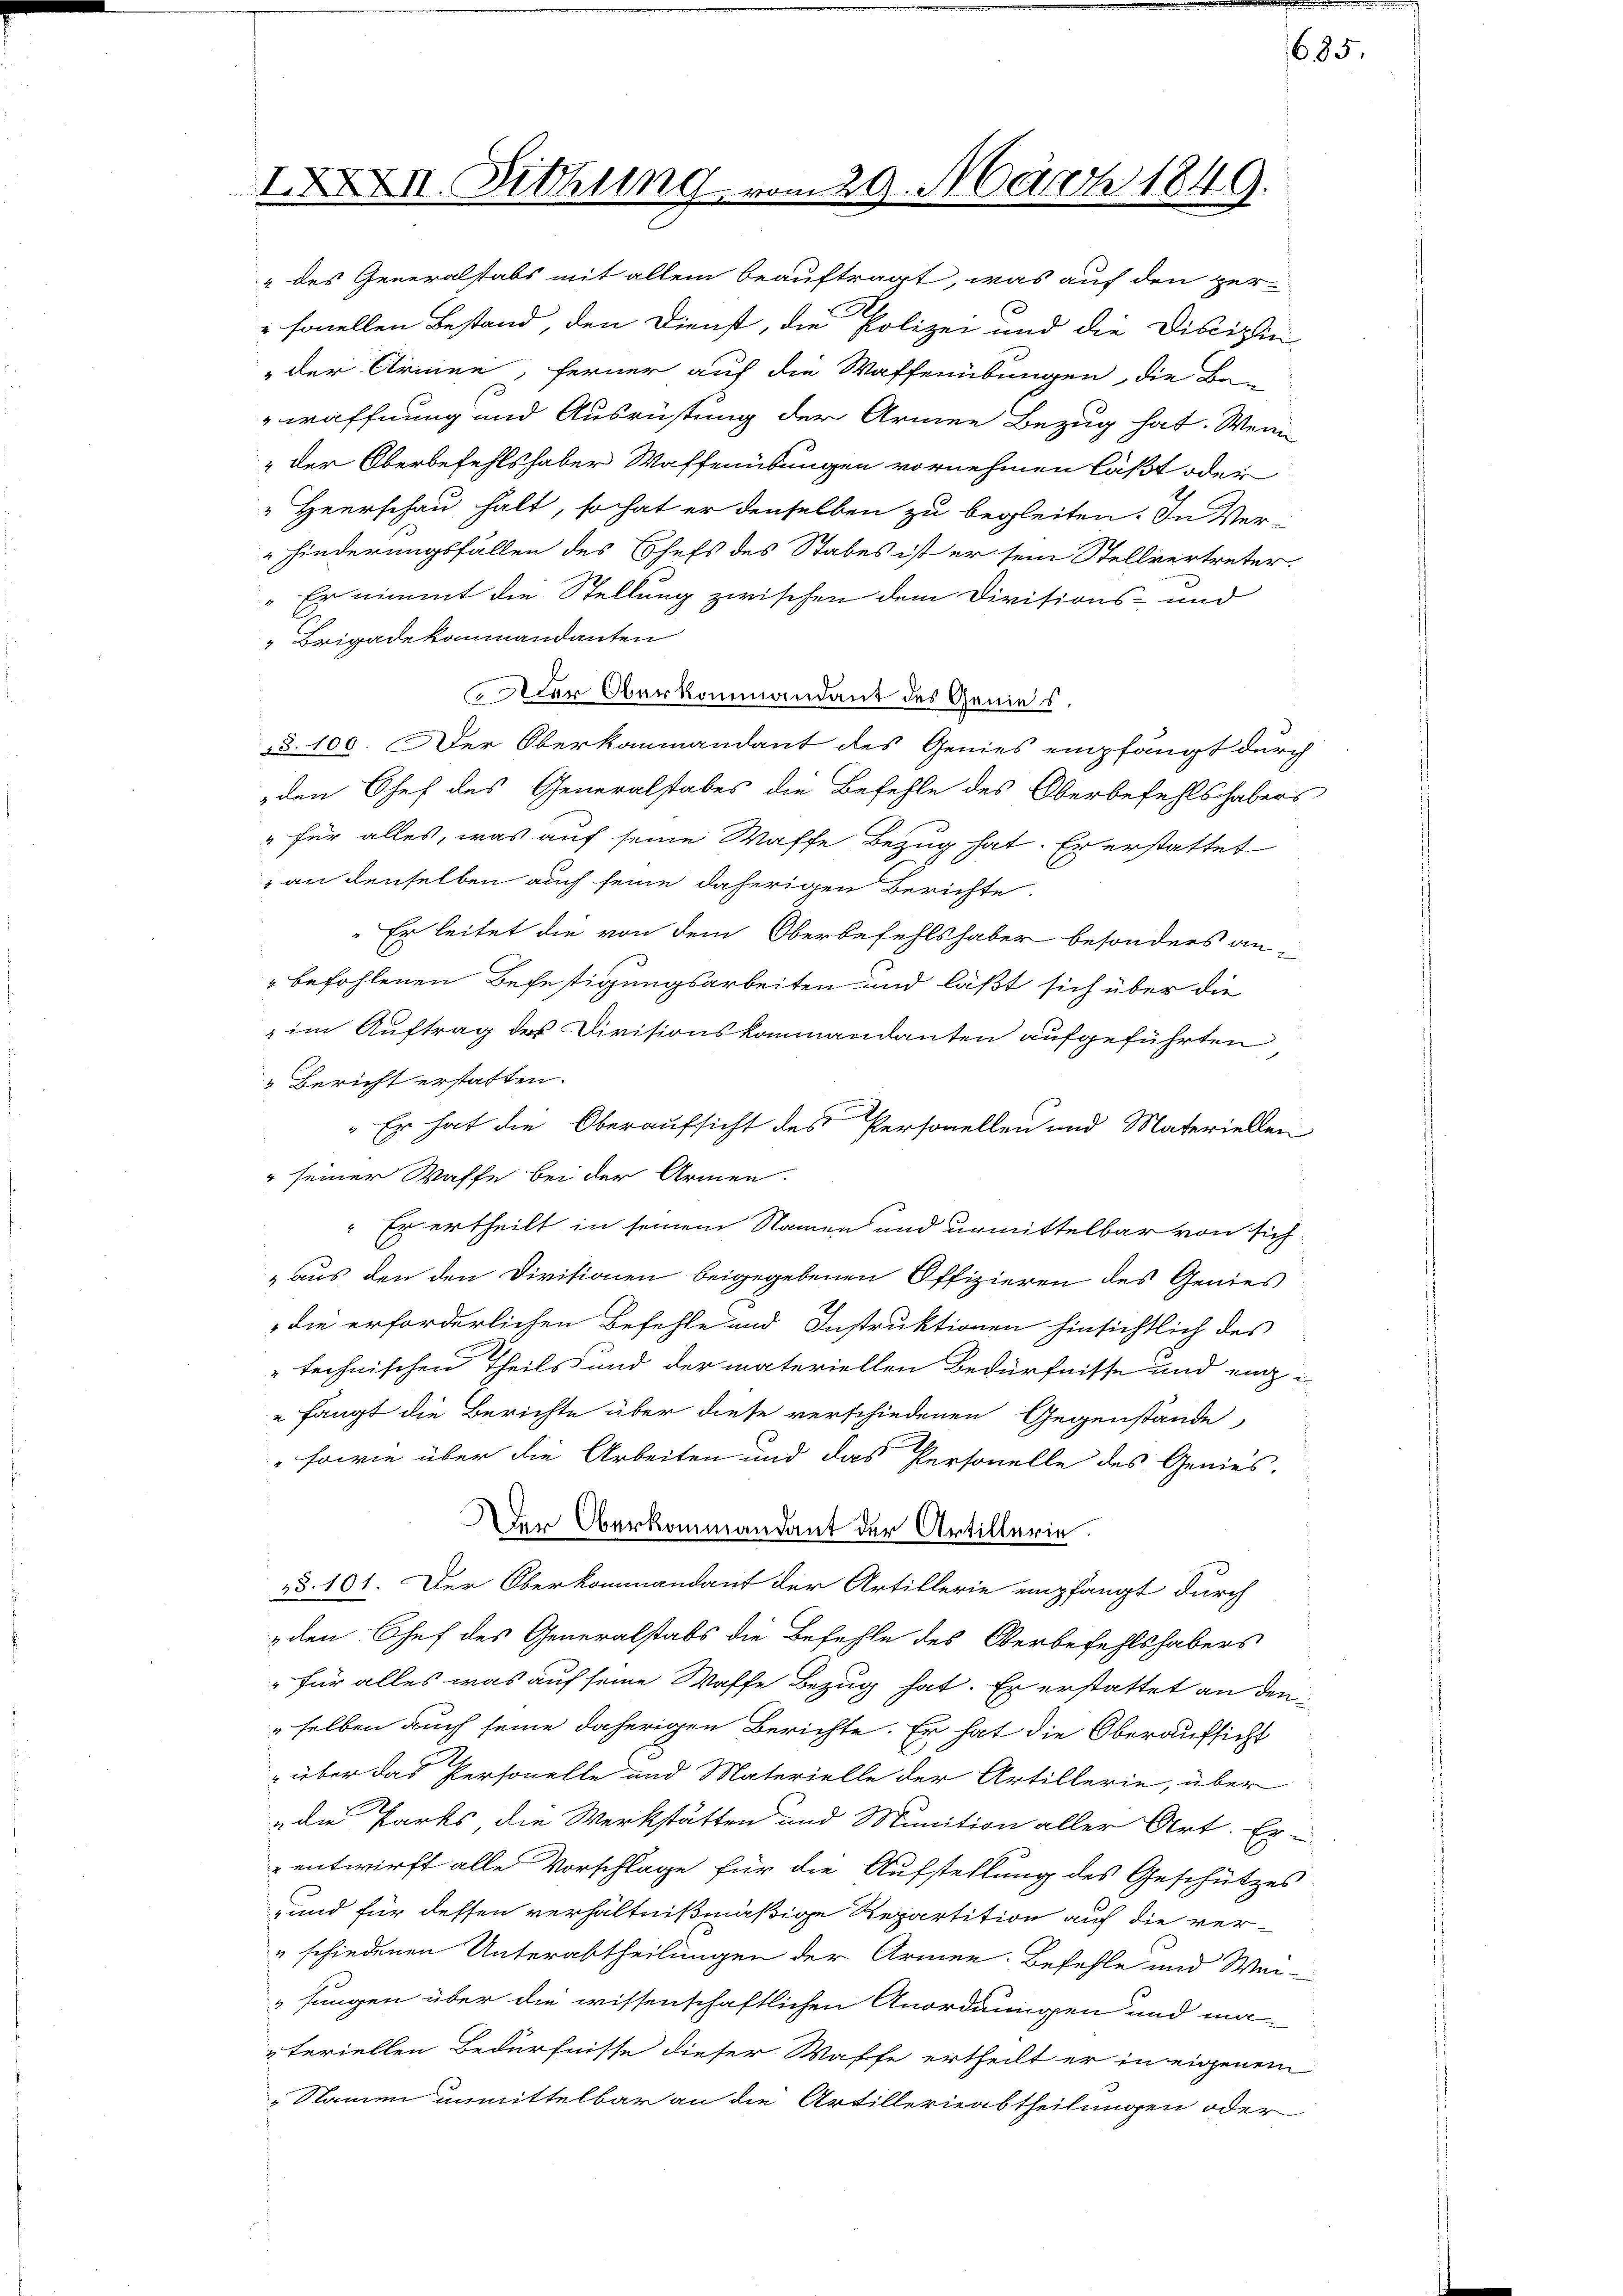
IXXXIII. Sehling vo

229. März 1849.

" des Generalstabs mit allem beauftragt, was auf den Hersonellen Bestand, den Dienst, die Polizei und die Disciplin
"der Armee, ferner auf die Waffenübungen, die Be-
waffnung und Ausrüstung der Armen Bezug hat. Wenn
" der Oberbefehlshaber Waffenübungen vornehmen läßt oder
Heerschau halt, so hat er denselben zu begleiten. In Ver-
hinderungsfällen des Chefs des Stabes ist er sein Stellvertreter.
 Er nimmt die Stellung zwischen dem Divisions- und
" Brigadekommandanten
er Oberkommandant des Genies.
§§. 100. Der Oberkammandant des Genies empfängt durch
den Chef des Generalstabes die Befehle des Oberbefehlshabers
" für alles, was auf seine Waffe Bezug hat. Er erstattet
 an denselben auch seine daherigen Berichte
 Er leitet die von dem Oberbefehlshaber besonders anbefohlenen Befestigungsarbeiten und läßt sich über die
im Auftrag der Divisionskommandanten aufgeführten
Bericht erstatten.
" Er hat die Oberaufsicht des Personellen und Materiellen
" seiner Waffe bei der Armen.
" Er ertheilt in seinem Namen und unmittelbar von sich
„aus den den Divisionen beigegebenen Offizieren des Genies
die erforderlichen Befehle und Instruktionen hinsichtlich des
" technischen Theils und der materiellen Bedürfnisse und eig¬
" fangt die Berichte über diese verschiedenen Gegenstände
sowie über die Arbeiten und das Personelle des Genies-
Der Oberkommandant der Artillerie.
§§. 101. Der Oberkommandant der Artillerie empfängt durch
den Chef des Generalstabs die Befehle des Oberbefehlshabers
" für alles was auf seine Waffe Bezug hat. Er erstattet an den
selben auch seine daherigen Berichte. Er hat die Oberaufsicht
über das Personelle und Materielle der Artillerie, über
die Parks, die Werkstätten und Munition aller Art. Er-
entwirft alle Vorschlage für die Aufstellung des Geschützes
und für dessen verhältnißmäßige Repartition auf die ver-
" schiedenen Unterabtheilungen der Armen-Befehle und Wei-
sungen über die wissenschaftlichen Anordnungen und ma-
teriellen Bedürfnisse dieser Waffe ertheilt er in eigenem
"Namen unmittelbar an die Artillerieabtheilungen oder

685.